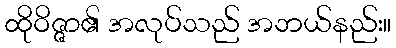
ထိုဝိဇ္ဇာ၏ အလုပ်သည် အဘယ်နည်း။